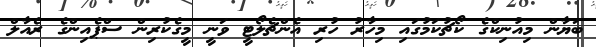
ބަޔާން މިއުނިކްގެ ކޯޗުކަމުގައި މިހާރު ހުރި އެންޗެލޯޓީ ވަނީ މީގެކުރިން ސްޕެއިންގެ ރެއާލް